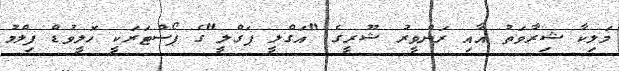
މަލިކާ ޝިރާވަތު އާއި ރަންވީރު ޝޫރީގެ "އަގްލީ ޕަގްލީ"ގެ ޕޯސްޓަރަކީ ހޮލީވުޑް ފިލްމު